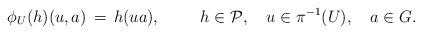
LaTeX: \begin{align*}\phi_U(h)(u,a) \, = \, h(ua), \hspace{1,0cm} h \in {\cal P}, \quad u \in \pi^{-1}(U), \quad a \in G.\end{align*}